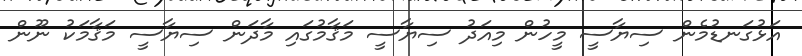
އަޅުގަނޑުމެން ސިޔާސީ މީހުން މިއަދު ސިޔާސީ މަޤާމުގައި މާދަން ސިޔާސީ މަޤާމަކު ނޫން